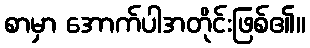
စာမှာ အောက်ပါအတိုင်းဖြစ်၏။